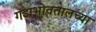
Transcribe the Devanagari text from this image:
गडाभोवतालच्या